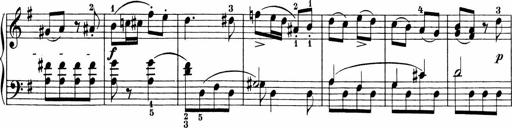
Title: 3 Sonatinas
Composer: Carl Reinecke